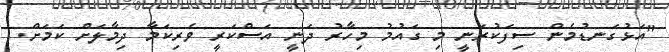
"އަޅުގަނޑުމެން ސިފަކުރަނީ މި ގައުމު މިހާރު ދަނީ އަސްކަރީ ވެރިކަމާ ދިމާލަށް ކަމަށް.